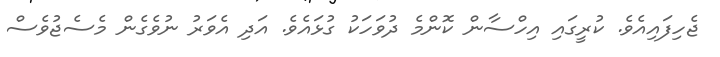
ޖެހިފައިއެވެ. ކުރީގައި އިހްސާން ކޮންމެ ދުވަހަކު ގުޅައެވެ. އަދި އެވަރު ނުވެގެން މެސެޖުވެސް